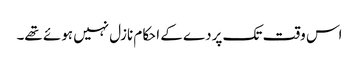
اس وقت تک پردے کے احکام نازل نہیں ہوئے تھے۔